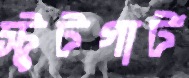
স্টুটগার্ট